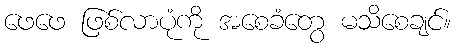
ဖေဖေ ဖြစ်လာပုံကို အစေခံတွေ မသိစေချင်။